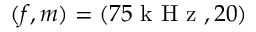
( f , m ) = ( 7 5 \mathrm { ~ k ~ H ~ z ~ } , 2 0 )